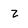
Character: z